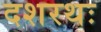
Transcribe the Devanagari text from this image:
दशरथः